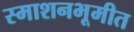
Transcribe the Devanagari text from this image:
स्माशनभूमीत